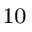
_ { 1 0 }